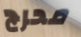
محرج